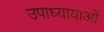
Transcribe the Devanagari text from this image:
उपाध्यायाओं